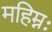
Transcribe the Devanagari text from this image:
महिम्नः